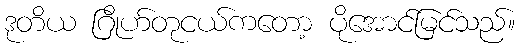
ဒုတိယ ဂြိုဟ်တုငယ်ကတော့ ပိုအောင်မြင်သည်။